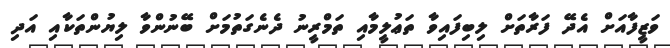
ވަޒީފާއަށް އެދޭ ފަރާތަށް ލިބިފައިވާ ތަޢުލީމާއި ތަމްރީނު ދެނެގަތުމަށް ބޭނުންވާ ލިޔުންތަކާއި އަދި